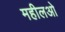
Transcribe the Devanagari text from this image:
महीलओ